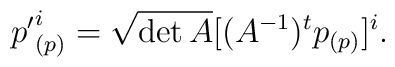
{p'}^i_{(p)}=\sqrt{\det A} [(A^{-1})^{t}p_{(p)}]^{i}.